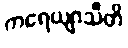
ကရေယျာသီတိ